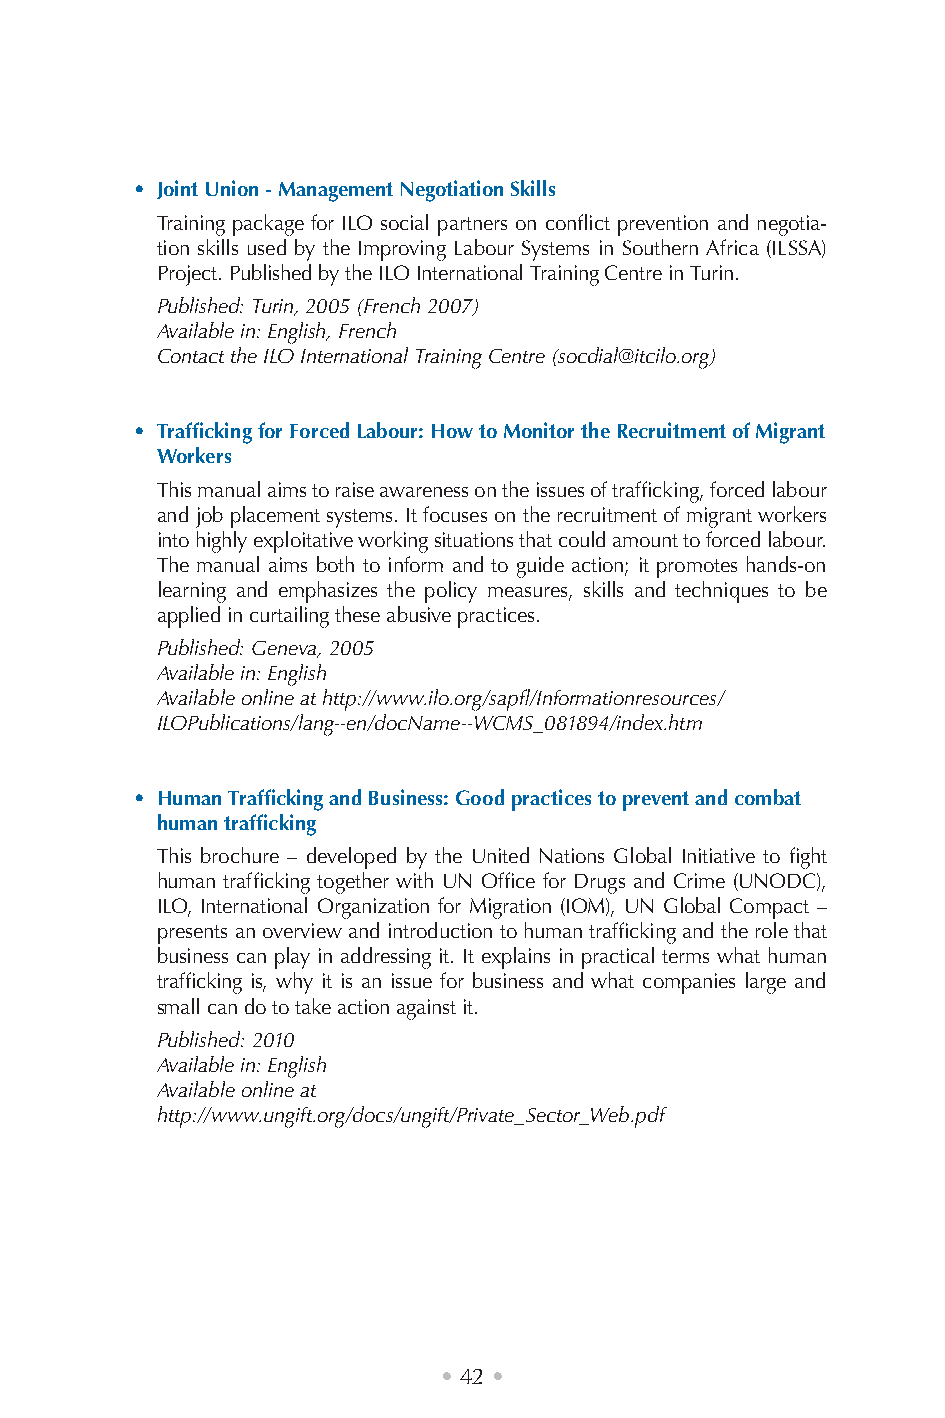
• Joint Union - Management Negotiation Skills
 Training package for ILO social partners on conflict prevention and negotia-
 tion skills used by the Improving Labour Systems in Southern Africa (ILSSA)
 Project. Published by the ILO International Training Centre in Turin.
 Published: Turin, 2005 (French 2007)
 Available in: English, French
 Contact the ILO International Training Centre (socdial@itcilo.org)
 • Trafficking for Forced Labour: How to Monitor the Recruitment of Migrant
 Workers
 This manual aims to raise awareness on the issues of trafficking, forced labour
 and job placement systems. It focuses on the recruitment of migrant workers
 into highly exploitative working situations that could amount to forced labour.
 The manual aims both to inform and to guide action; it promotes hands-on
 learning and emphasizes the policy measures, skills and techniques to be
 applied in curtailing these abusive practices.
 Published: Geneva, 2005
 Available in: English
 Available online at http://www.ilo.org/sapfl/Informationresources/
 ILOPublications/lang--en/docName--WCMS_081894/index.htm
 • Human Trafficking and Business: Good practices to prevent and combat
 human trafficking
 This brochure – developed by the United Nations Global Initiative to fight
 human trafficking together with UN Office for Drugs and Crime (UNODC),
 ILO, International Organization for Migration (IOM), UN Global Compact –
 presents an overview and introduction to human trafficking and the role that
 business can play in addressing it. It explains in practical terms what human
 trafficking is, why it is an issue for business and what companies large and
 small can do to take action against it.
 Published: 2010
 Available in: English
 Available online at
 http://www.ungift.org/docs/ungift/Private_Sector_Web.pdf
 • 42 •